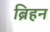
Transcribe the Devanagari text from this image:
ब्रिहन